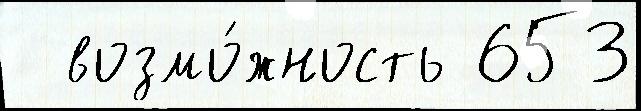
  возмо́жность 653